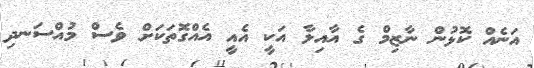
އަނެއް ކޮޅުން ނާޒިމް ގެ އާއިލާ އަކީ އެއީ އެއްގޮތަކަށް ވެސް މުއްސަނދި